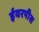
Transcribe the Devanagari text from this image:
ईयरपीस